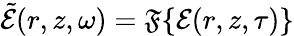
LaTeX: \tilde{\mathcal{E}}(r,z,\omega)=\mathfrak{F}\{ \mathcal{E}(r,z,\tau)\}